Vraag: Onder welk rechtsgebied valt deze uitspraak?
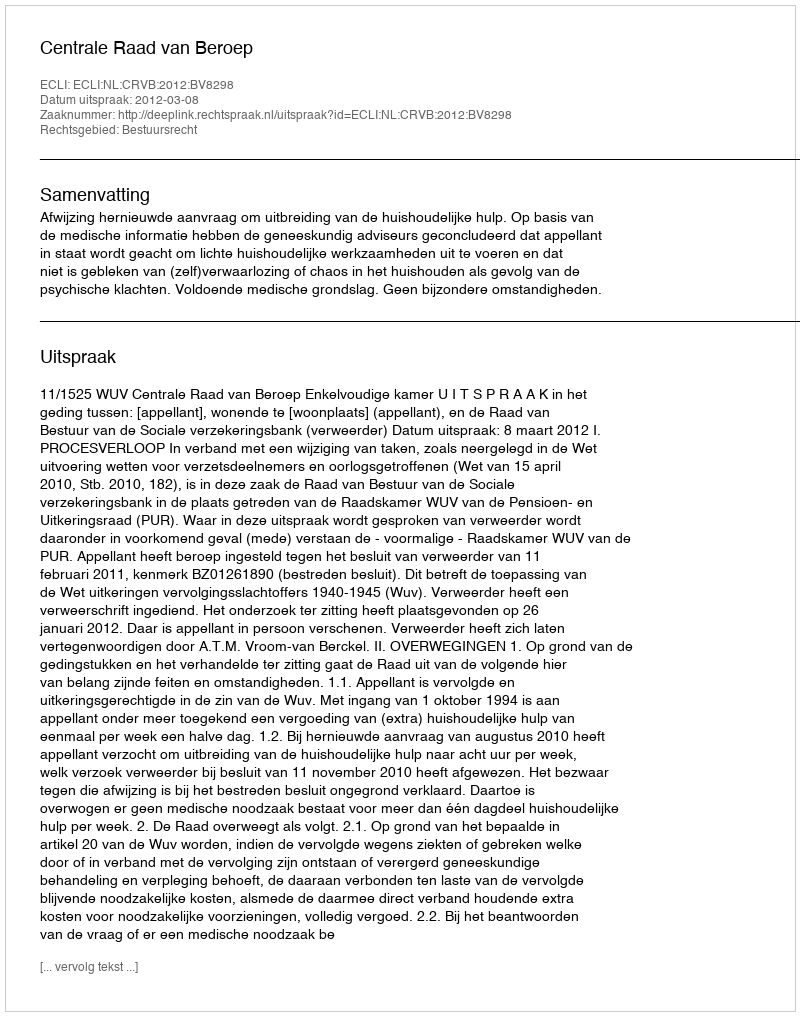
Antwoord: Bestuursrecht